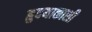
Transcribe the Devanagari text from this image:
ह्रुदयाकाशी